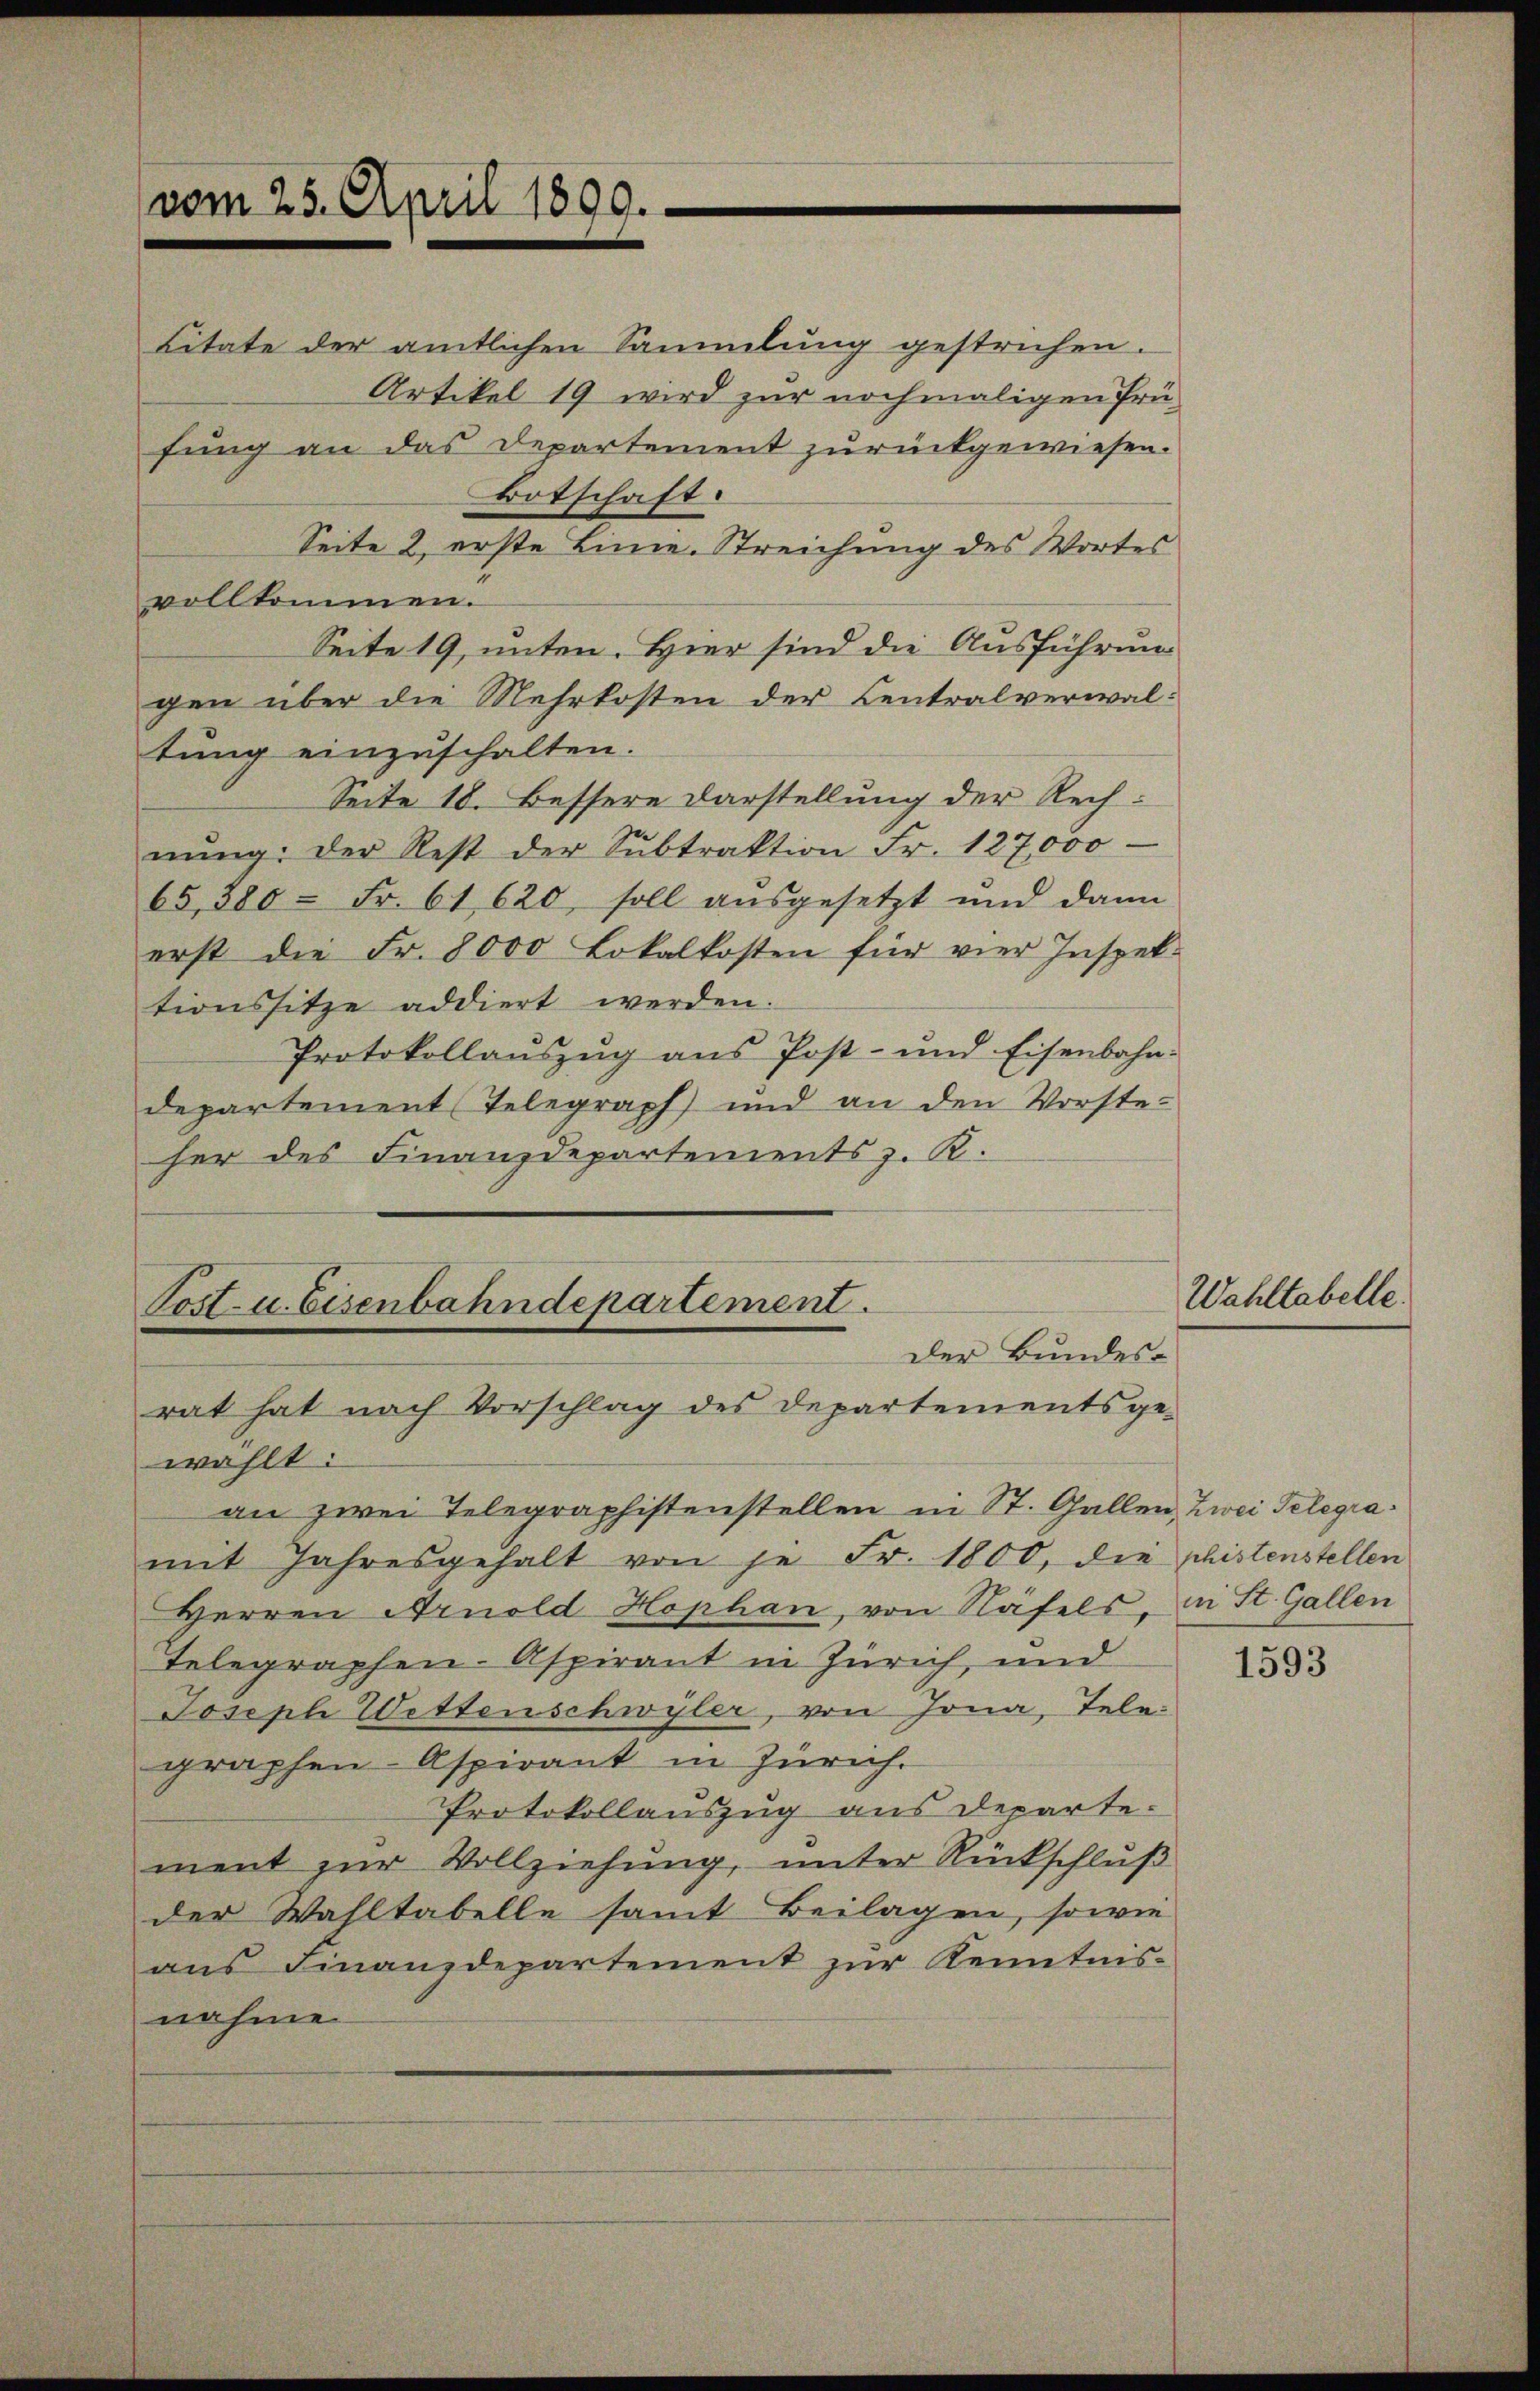
vom 25. April 1890.
Botschaft.

Litate der amtlichen Sammlung gestrichen.
Artikel 19 wird zur nochmaligen Prü-
fung an das Departement zurückgewiesen.
Seite 2, erste Linie. Streichung des Wortes
vollkommen.
Seite 19, unten. Hier sind die Ausführung
gen über die Mehrkosten der Centralverwaltung einzuschalten.
Seite 18. Bessere Darstellung der Rechnŭng der Rest der Sŭbtraktion Fr. 127,000
65380 - Fr. 61, 620, soll aŭsgesetzt und dann
erst die Fr. 8000 Lokalkosten für vier Inspek-
tionssitze addiert werden.
Protokollaŭszŭg ans Post- und Eisenbahn-
departement (Telegraph und an den Vorste-
her des Finanzdepartements z. R.

Post- u. bisenbahndepartement.
Der Bundes-
rat hat nach Vorschlag des Departementsge-

wählt:
an zwei Telegraphistenstellen in St. Gallen, Zwei Telegramit Jahresgehalt von je Fr. 1800, die phistenstellen
Herren Arnold Hophan, von Näfels, an St. Gallen
Telegraphen-Aspirant in Zürich, und
Joseph Wettenschwyler, von Jona, Tele-
graphen- Aspirant in Zürich.
Protokollauszug aus departe.
ment zur Vollziehung, unter Rückschluß
der Wahltabelle samt Beilagen, sowie
aus Finanzdepartement zur Kenntnis-
nahme

Wahltabelle.

1593